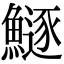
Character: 鱁